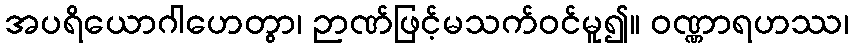
အပရိယောဂါဟေတွာ၊ ဉာဏ်ဖြင့်မသက်ဝင်မူ၍။ ဝဏ္ဏာရဟဿ၊